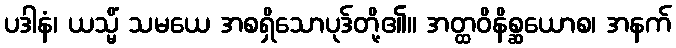
ပဒါနံ၊ ယသ္မိံ သမယေ အစရှိသောပုဒ်တို့၏။ အတ္ထဝိနိစ္ဆယောစ၊ အနက်